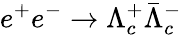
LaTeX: e^{+}e^{-}\to\Lambda_{c}^{+}\bar{\Lambda}_{c}^{-}